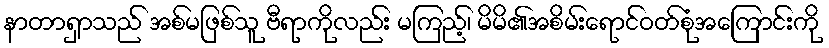
နာတာရှာသည် အစ်မဖြစ်သူ ဗီရာကိုလည်း မကြည့်၊ မိမိ၏အစိမ်းရောင်ဝတ်စုံအကြောင်းကို